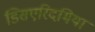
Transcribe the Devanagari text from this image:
डिसएरिदमिया